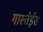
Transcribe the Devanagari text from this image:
गास्तेईस